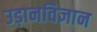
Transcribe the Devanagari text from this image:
उड़ानविज्ञान